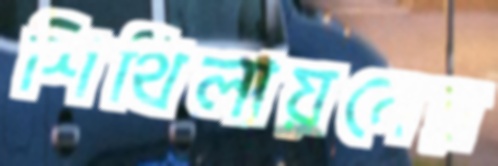
শিথিলায়নের